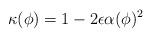
LaTeX: \begin{align*}\kappa(\phi) = 1- 2 \epsilon \alpha(\phi)^2\end{align*}